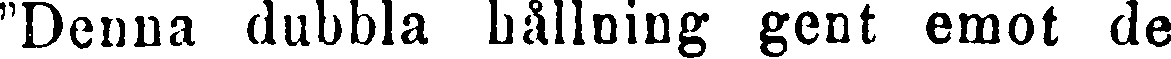
"Denna dubbla hållning gent emot de